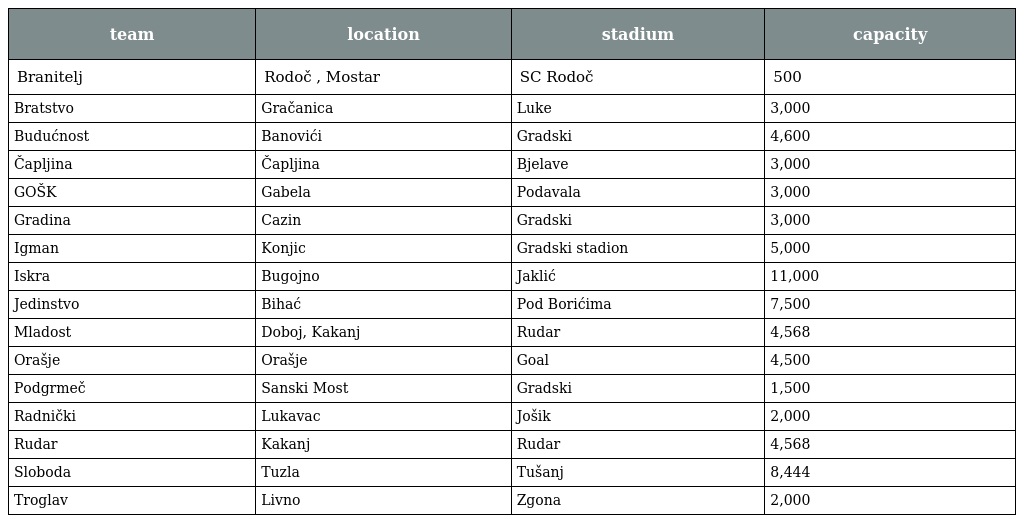
| team | location | stadium | capacity |
 | --- | --- | --- | --- |
 | Branitelj | Rodoč , Mostar | SC Rodoč | 500 |
 | Bratstvo | Gračanica | Luke | 3,000 |
 | Budućnost | Banovići | Gradski | 4,600 |
 | Čapljina | Čapljina | Bjelave | 3,000 |
 | GOŠK | Gabela | Podavala | 3,000 |
 | Gradina | Cazin | Gradski | 3,000 |
 | Igman | Konjic | Gradski stadion | 5,000 |
 | Iskra | Bugojno | Jaklić | 11,000 |
 | Jedinstvo | Bihać | Pod Borićima | 7,500 |
 | Mladost | Doboj, Kakanj | Rudar | 4,568 |
 | Orašje | Orašje | Goal | 4,500 |
 | Podgrmeč | Sanski Most | Gradski | 1,500 |
 | Radnički | Lukavac | Jošik | 2,000 |
 | Rudar | Kakanj | Rudar | 4,568 |
 | Sloboda | Tuzla | Tušanj | 8,444 |
 | Troglav | Livno | Zgona | 2,000 |